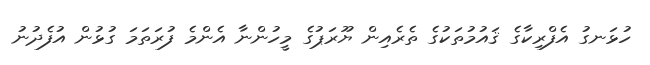
ހުޅަނގު އެފްރިކާގެ ޤައުމުތަކުގެ ތެރެއިން ޔޫރަޕުގެ މީހުންނާ އެންމެ ފުރަތަމަ ގުޅުން އުފެދުނު